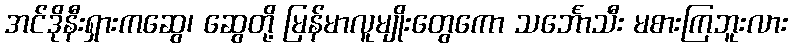
အင်ဒိုနီးရှားကဆွေ၊ ဆွေတို့ မြန်မာလူမျိုးတွေကော သင်္ဘောသီး မစားကြဘူးလား